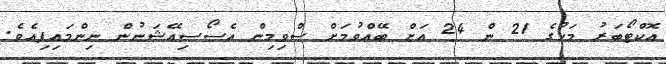
އޮކްޓޯބަރު މަހުގެ 21 ން 24 އަށް ބޭއްވުމަށް ސްވިމިން އެސޯސިއޭޝަނުން ނިންމައިފިއެވެ.